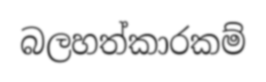
බලහත්කාරකම්